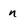
Character: n